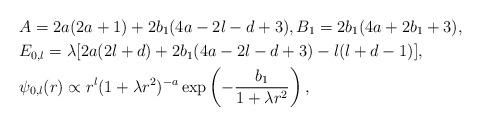
LaTeX: \begin{align*} &A = 2a(2a+1) +2b_1(4a-2l-d+3), B_1 = 2b_1(4a+2b_1+3), \\ &E_{0,l} = \lambda [2a(2l+d) + 2b_1(4a-2l-d+3) - l(l+d-1)], \\ &\psi_{0,l}(r) \propto r^l (1+\lambda r^2)^{-a} \exp\left(- \frac{b_1}{1+\lambda r^2}\right), \end{align*}